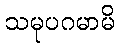
သမုပဂမာမိ